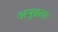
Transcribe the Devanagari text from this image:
अनुव्रताः